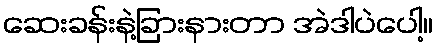
ဆေးခန်းနဲ့ခြားနားတာ အဲဒါပဲပေါ့။